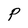
Character: P